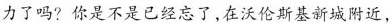
力了吗?你是不是已经忘了，在沃伦斯基新城附近，